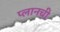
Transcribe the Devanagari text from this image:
प्लानची